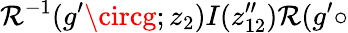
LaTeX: {\cal\mathcal{R}}^{-1}(g^{\prime}\circg;z_{2})I(z_{12}^{\prime\prime}){\cal\mathcal{R}}(g^{\prime}\circ